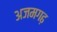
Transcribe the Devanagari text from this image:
अजमगढ़